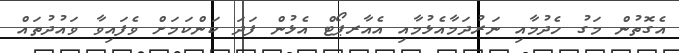
އެގޮތުން މަގު ހެދުމާއި ނަރުދަމާއެޅުމާއި އެއާރޕޯޓް އެޅުން ފަދަ ކަންކަމަށް ވެފައިވާ ވައުދުތައް